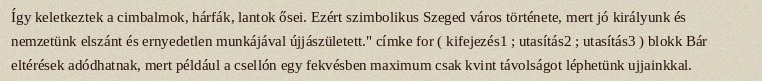
Így keletkeztek a cimbalmok, hárfák, lantok ősei. Ezért szimbolikus Szeged város története, mert jó királyunk és nemzetünk elszánt és ernyedetlen munkájával újjászületett." címke for ( kifejezés1 ; utasítás2 ; utasítás3 ) blokk Bár eltérések adódhatnak, mert például a csellón egy fekvésben maximum csak kvint távolságot léphetünk ujjainkkal.